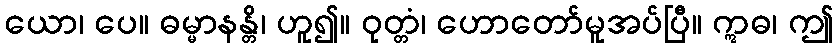
ယော၊ ပေ။ ဓမ္မာနန္တိ၊ ဟူ၍။ ဝုတ္တံ၊ ဟောတော်မူအပ်ပြီ။ ဣဓ၊ ဤ